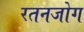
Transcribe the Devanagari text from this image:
रतनजोग